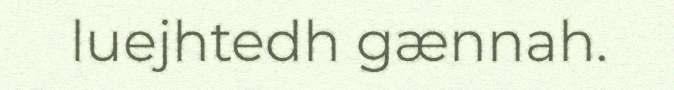
luejhtedh gænnah.